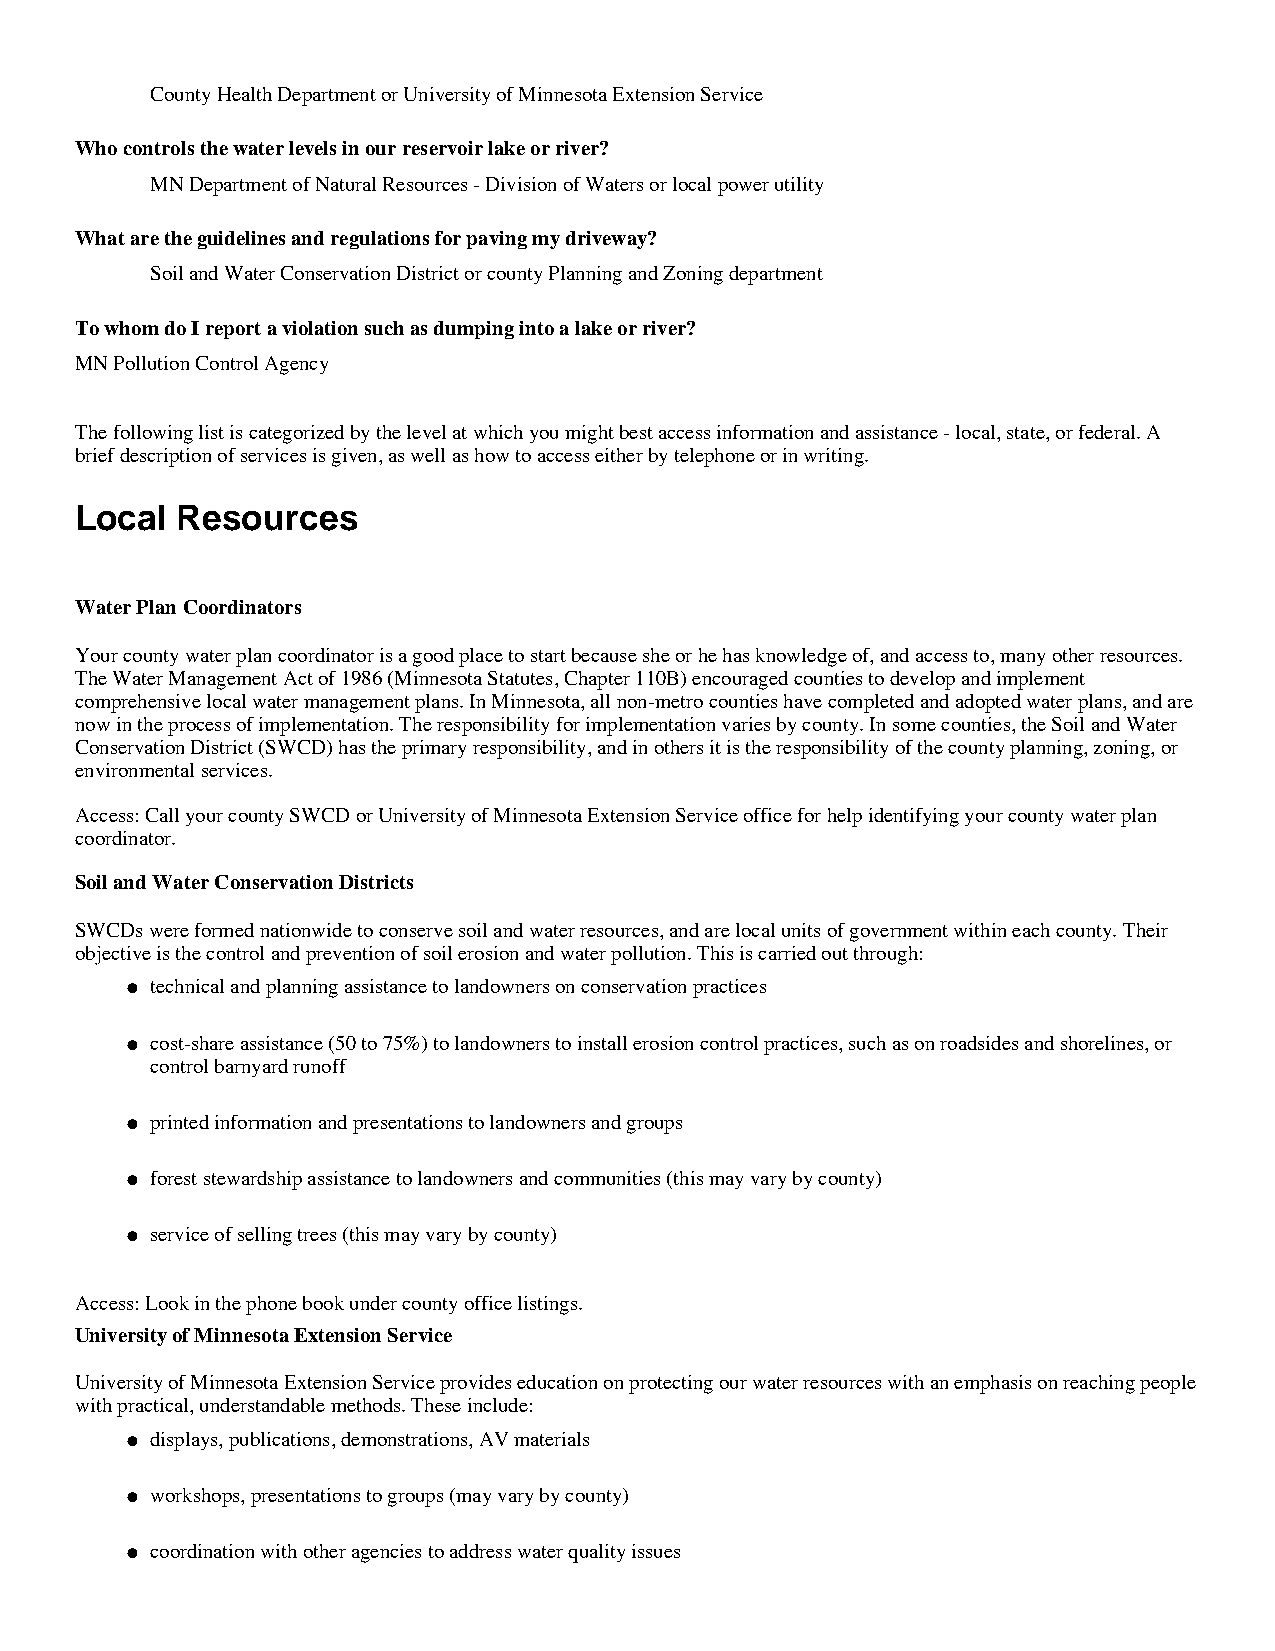
County Health Department or University of Minnesota Extension Service
 Who controls the water levels in our reservoir lake or river?
 MN Department of Natural Resources - Division of Waters or local power utility
 What are the guidelines and regulations for paving my driveway?
 Soil and Water Conservation District or county Planning and Zoning department
 To whom do I report a violation such as dumping into a lake or river?
 MN Pollution Control Agency
 The following list is categorized by the level at which you might best access information and assistance - local, state, or federal. A
 brief description of services is given, as well as how to access either by telephone or in writing.
 Local  Resources
 Water Plan Coordinators
 Your county water plan coordinator is a good place to start because she or he has knowledge of, and access to, many other resources.
 The Water Management Act of 1986 (Minnesota Statutes, Chapter 110B) encouraged counties to develop and implement
 comprehensive local water management plans. In Minnesota, all non-metro counties have completed and adopted water plans, and are
 now in the process of implementation. The responsibility for implementation varies by county. In some counties, the Soil and Water
 Conservation District (SWCD) has the primary responsibility, and in others it is the responsibility of the county planning, zoning, or
 environmental services.
 Access: Call your county SWCD or University of Minnesota Extension Service office for help identifying your county water plan
 coordinator.
 Soil and Water Conservation Districts
 SWCDs were formed nationwide to conserve soil and water resources, and are local units of government within each county. Their
 objective is the control and prevention of soil erosion and water pollution. This is carried out through:
 technical and planning assistance to landowners on conservation practices
 l
 cost-share assistance (50 to 75%) to landowners to install erosion control practices, such as on roadsides and shorelines, or
 l
 control barnyard runoff
 printed information and presentations to landowners and groups
 l
 forest stewardship assistance to landowners and communities (this may vary by county)
 l
 service of selling trees (this may vary by county)
 l
 Access: Look in the phone book under county office listings.
 University of Minnesota Extension Service
 University of Minnesota Extension Service provides education on protecting our water resources with an emphasis on reaching people
 with practical, understandable methods. These include:
 displays, publications, demonstrations, AV materials
 l
 workshops, presentations to groups (may vary by county)
 l
 coordination with other agencies to address water quality issues
 l